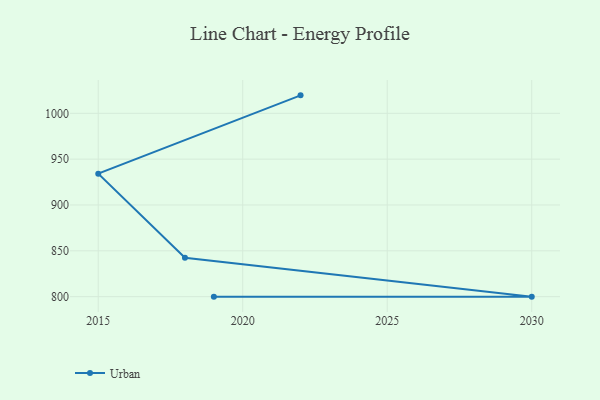
{"axis": {"x": "Year", "y": "Inventory Turnover"}, "legend": ["Urban"], "data": [{"x": "2022", "y": 1019.6, "type": "Urban"}, {"x": "2015", "y": 934.2, "type": "Urban"}, {"x": "2018", "y": 842.4, "type": "Urban"}, {"x": "2030", "y": 800, "type": "Urban"}, {"x": "2019", "y": 800, "type": "Urban"}]}